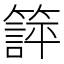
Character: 𬕱